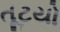
તૂટયો